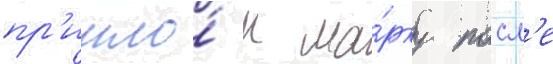
пр'ишло́ к ма́рку посл'е